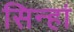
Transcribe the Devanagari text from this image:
सिन्हां